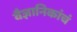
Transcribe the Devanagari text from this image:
वैज्ञानिकांचं